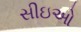
સીઇઓ